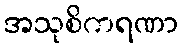
အသုစိကရဏာ